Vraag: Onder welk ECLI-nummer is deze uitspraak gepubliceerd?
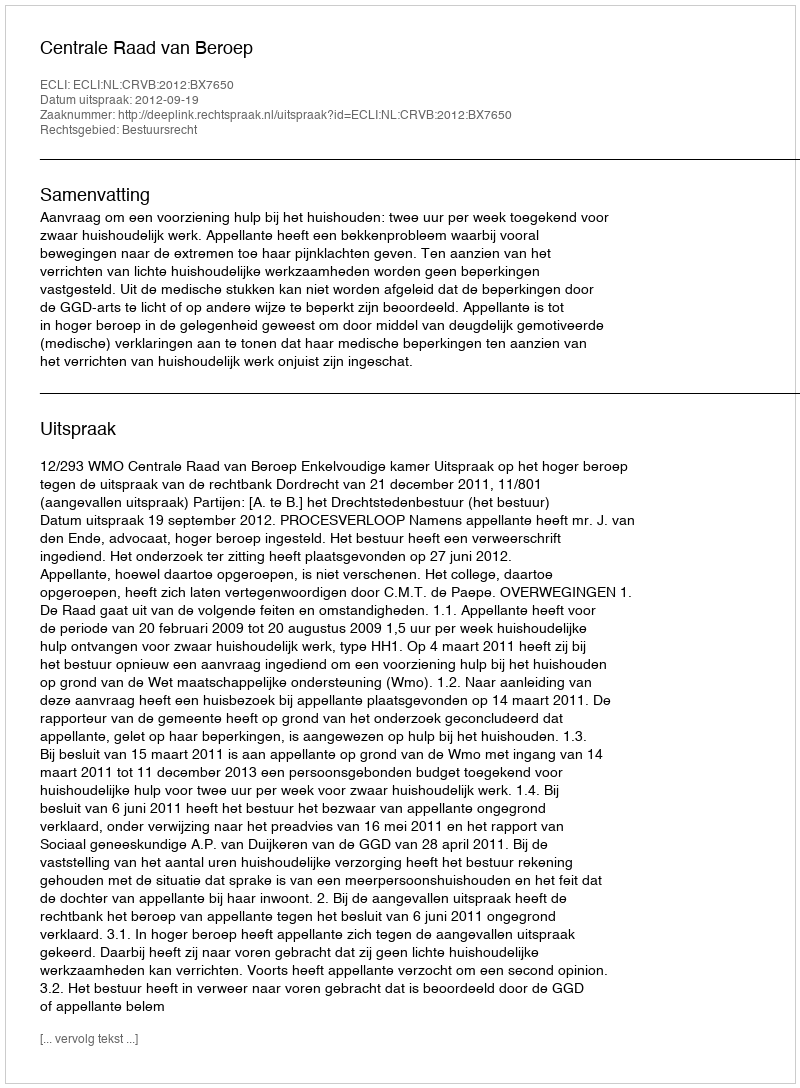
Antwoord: ECLI:NL:CRVB:2012:BX7650